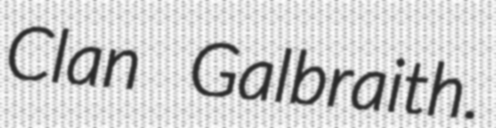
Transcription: Clan Galbraith.